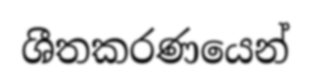
ශීතකරණයෙන්